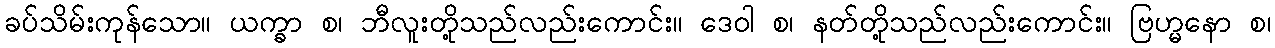
ခပ်သိမ်းကုန်သော။ ယက္ခာ စ၊ ဘီလူးတို့သည်လည်းကောင်း။ ဒေဝါ စ၊ နတ်တို့သည်လည်းကောင်း။ ဗြဟ္မနော စ၊